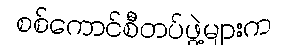
စစ်ကောင်စီတပ်ဖွဲ့များက